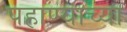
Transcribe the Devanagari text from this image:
पहाण्याच्या